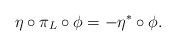
LaTeX: \begin{align*}\eta \circ \pi_{L} \circ \phi = - \eta^{*} \circ \phi.\end{align*}